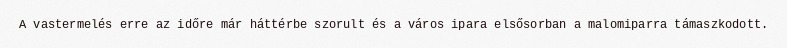
A vastermelés erre az időre már háttérbe szorult és a város ipara elsősorban a malomiparra támaszkodott.